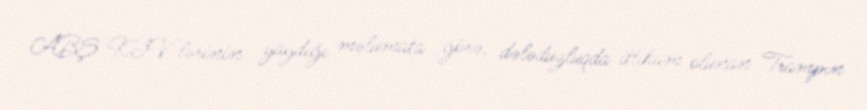
ABŞ KİV-lərinin yaydığı məlumata görə, dələduzluqda ittiham olunan Trampın